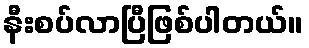
နီးစပ်လာပြီဖြစ်ပါတယ်။